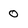
Character: 0